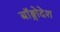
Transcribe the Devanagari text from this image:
बॉङ्गोदेश